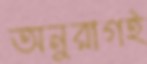
অনুরাগই